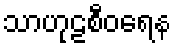
သာဟုဠစီဝရေန